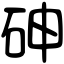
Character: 砷